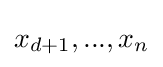
x_{d+1},...,x_{n}